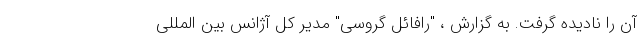
آن را نادیده گرفت. به گزارش ، "رافائل گروسی" مدیر کل آژانس بین المللی